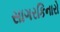
સાગરકિનારો